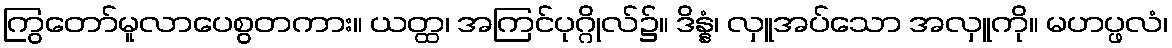
ကြွတော်မူလာပေစွတကား။ ယတ္ထ၊ အကြင်ပုဂ္ဂိုလ်၌။ ဒိန္နံ၊ လှူအပ်သော အလှူကို။ မဟပ္ဖလံ၊